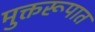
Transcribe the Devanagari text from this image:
मुक्तरूपात